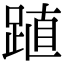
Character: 𨁷